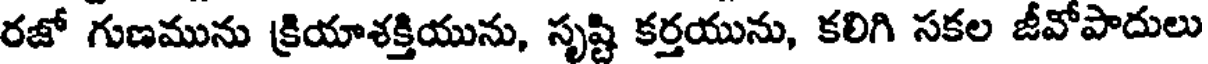
రజో గుణమును క్రియాశక్తియును, సృష్టి కర్తయును, కలిగి సకల జీవోపాదులు